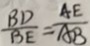
\frac { B D } { B E } = \frac { A E } { A B }